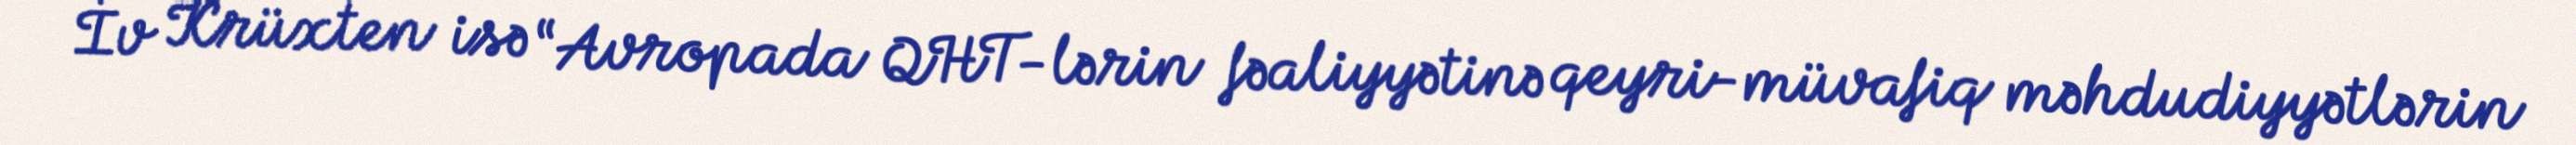
İv Krüxten isə “Avropada QHT-lərin fəaliyyətinə qeyri-müvafiq məhdudiyyətlərin